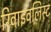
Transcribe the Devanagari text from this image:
रिवाइवलिस्ट